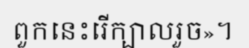
ពួកនេះរើក្បាលរួច»។